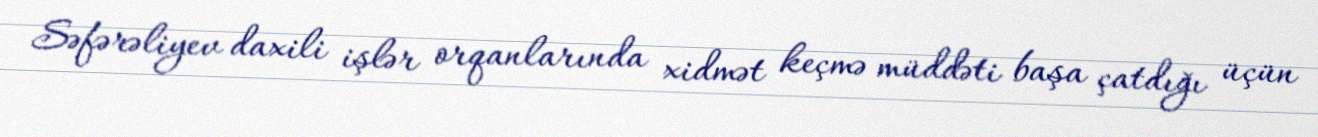
Səfərəliyev daxili işlər orqanlarında xidmət keçmə müddəti başa çatdığı üçün